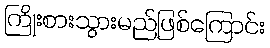
ကြိုးစားသွားမည်ဖြစ်ကြောင်း